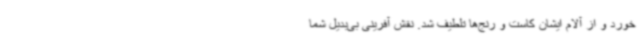
خورد و از آلام ایشان کاست و رنج‌ها تلطیف شد. نقش آفرینی بی‌بدیل شما